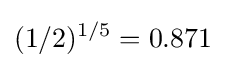
(1/2)^{1/5}=0.871